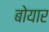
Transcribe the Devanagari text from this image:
बोयार